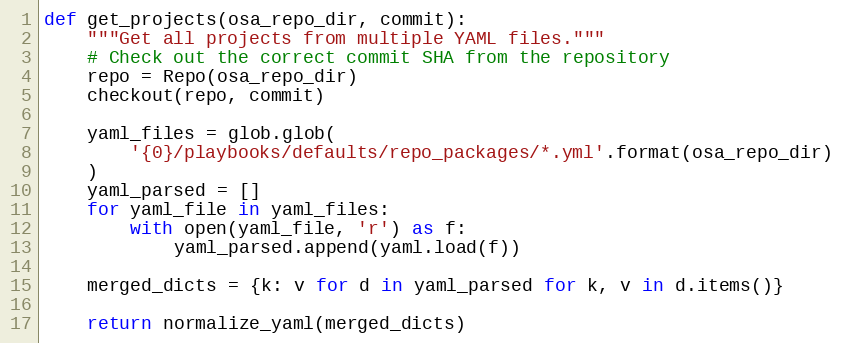
Language: Python
def get_projects(osa_repo_dir, commit):
    """Get all projects from multiple YAML files."""
    # Check out the correct commit SHA from the repository
    repo = Repo(osa_repo_dir)
    checkout(repo, commit)

    yaml_files = glob.glob(
        '{0}/playbooks/defaults/repo_packages/*.yml'.format(osa_repo_dir)
    )
    yaml_parsed = []
    for yaml_file in yaml_files:
        with open(yaml_file, 'r') as f:
            yaml_parsed.append(yaml.load(f))

    merged_dicts = {k: v for d in yaml_parsed for k, v in d.items()}

    return normalize_yaml(merged_dicts)